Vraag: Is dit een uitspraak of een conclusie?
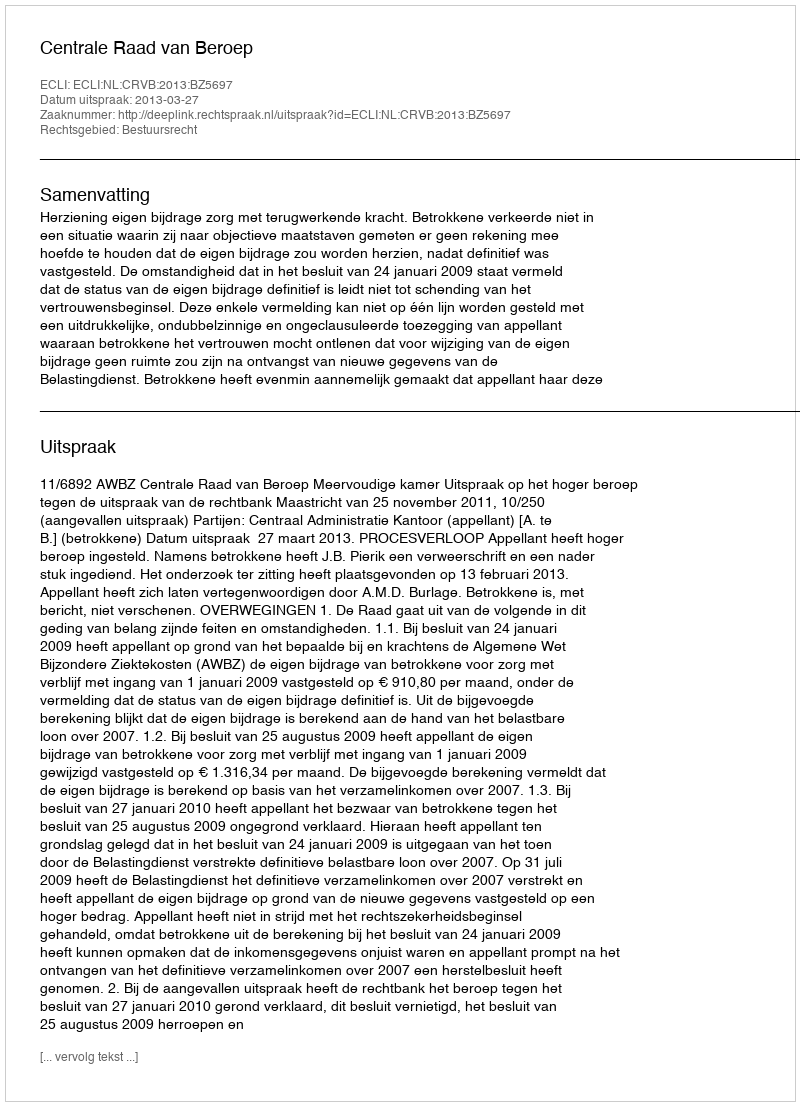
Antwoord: Uitspraak